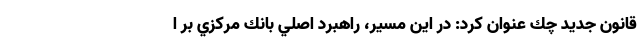
قانون جديد چك عنوان كرد: در اين مسير، راهبرد اصلي بانك مركزي بر ا